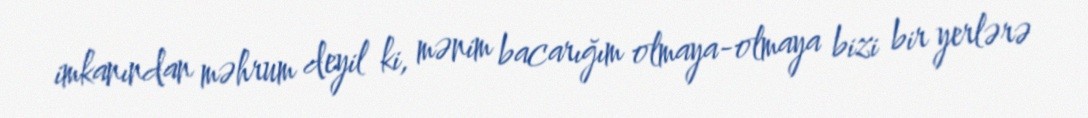
imkanından məhrum deyil ki, mənim bacarığım olmaya-olmaya bizi bir yerlərə